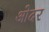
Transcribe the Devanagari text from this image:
ओदर